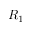
R _ { 1 }